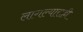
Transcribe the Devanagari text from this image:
लागल्यासही